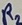
Text: R2